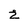
Character: 2